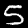
Label: 5